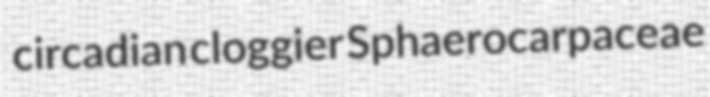
circadian cloggier Sphaerocarpaceae